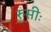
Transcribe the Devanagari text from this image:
रुसीः